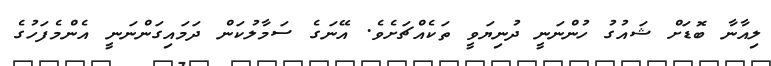
ލިއާނާ ބޮޑަށް ޝައުގު ހުންނަނީ ދުނިޔަވީ ތަކެއްޗަށެވެ. އޭނަގެ ސަމާލުކަން ދަމައިގަންނަނީ އެންމެފަހުގެ